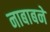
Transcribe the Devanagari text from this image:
नाबाबने